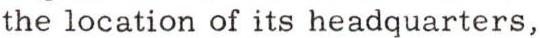
the location of its headquarters,